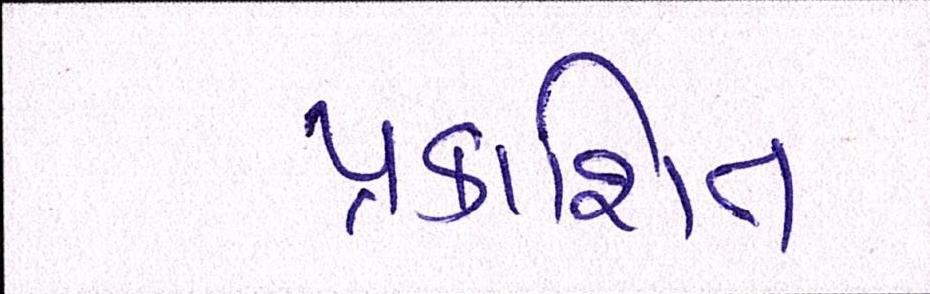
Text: પ્રકાશિત